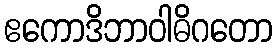
ဧကောဒိဘာဝါဓိဂတော